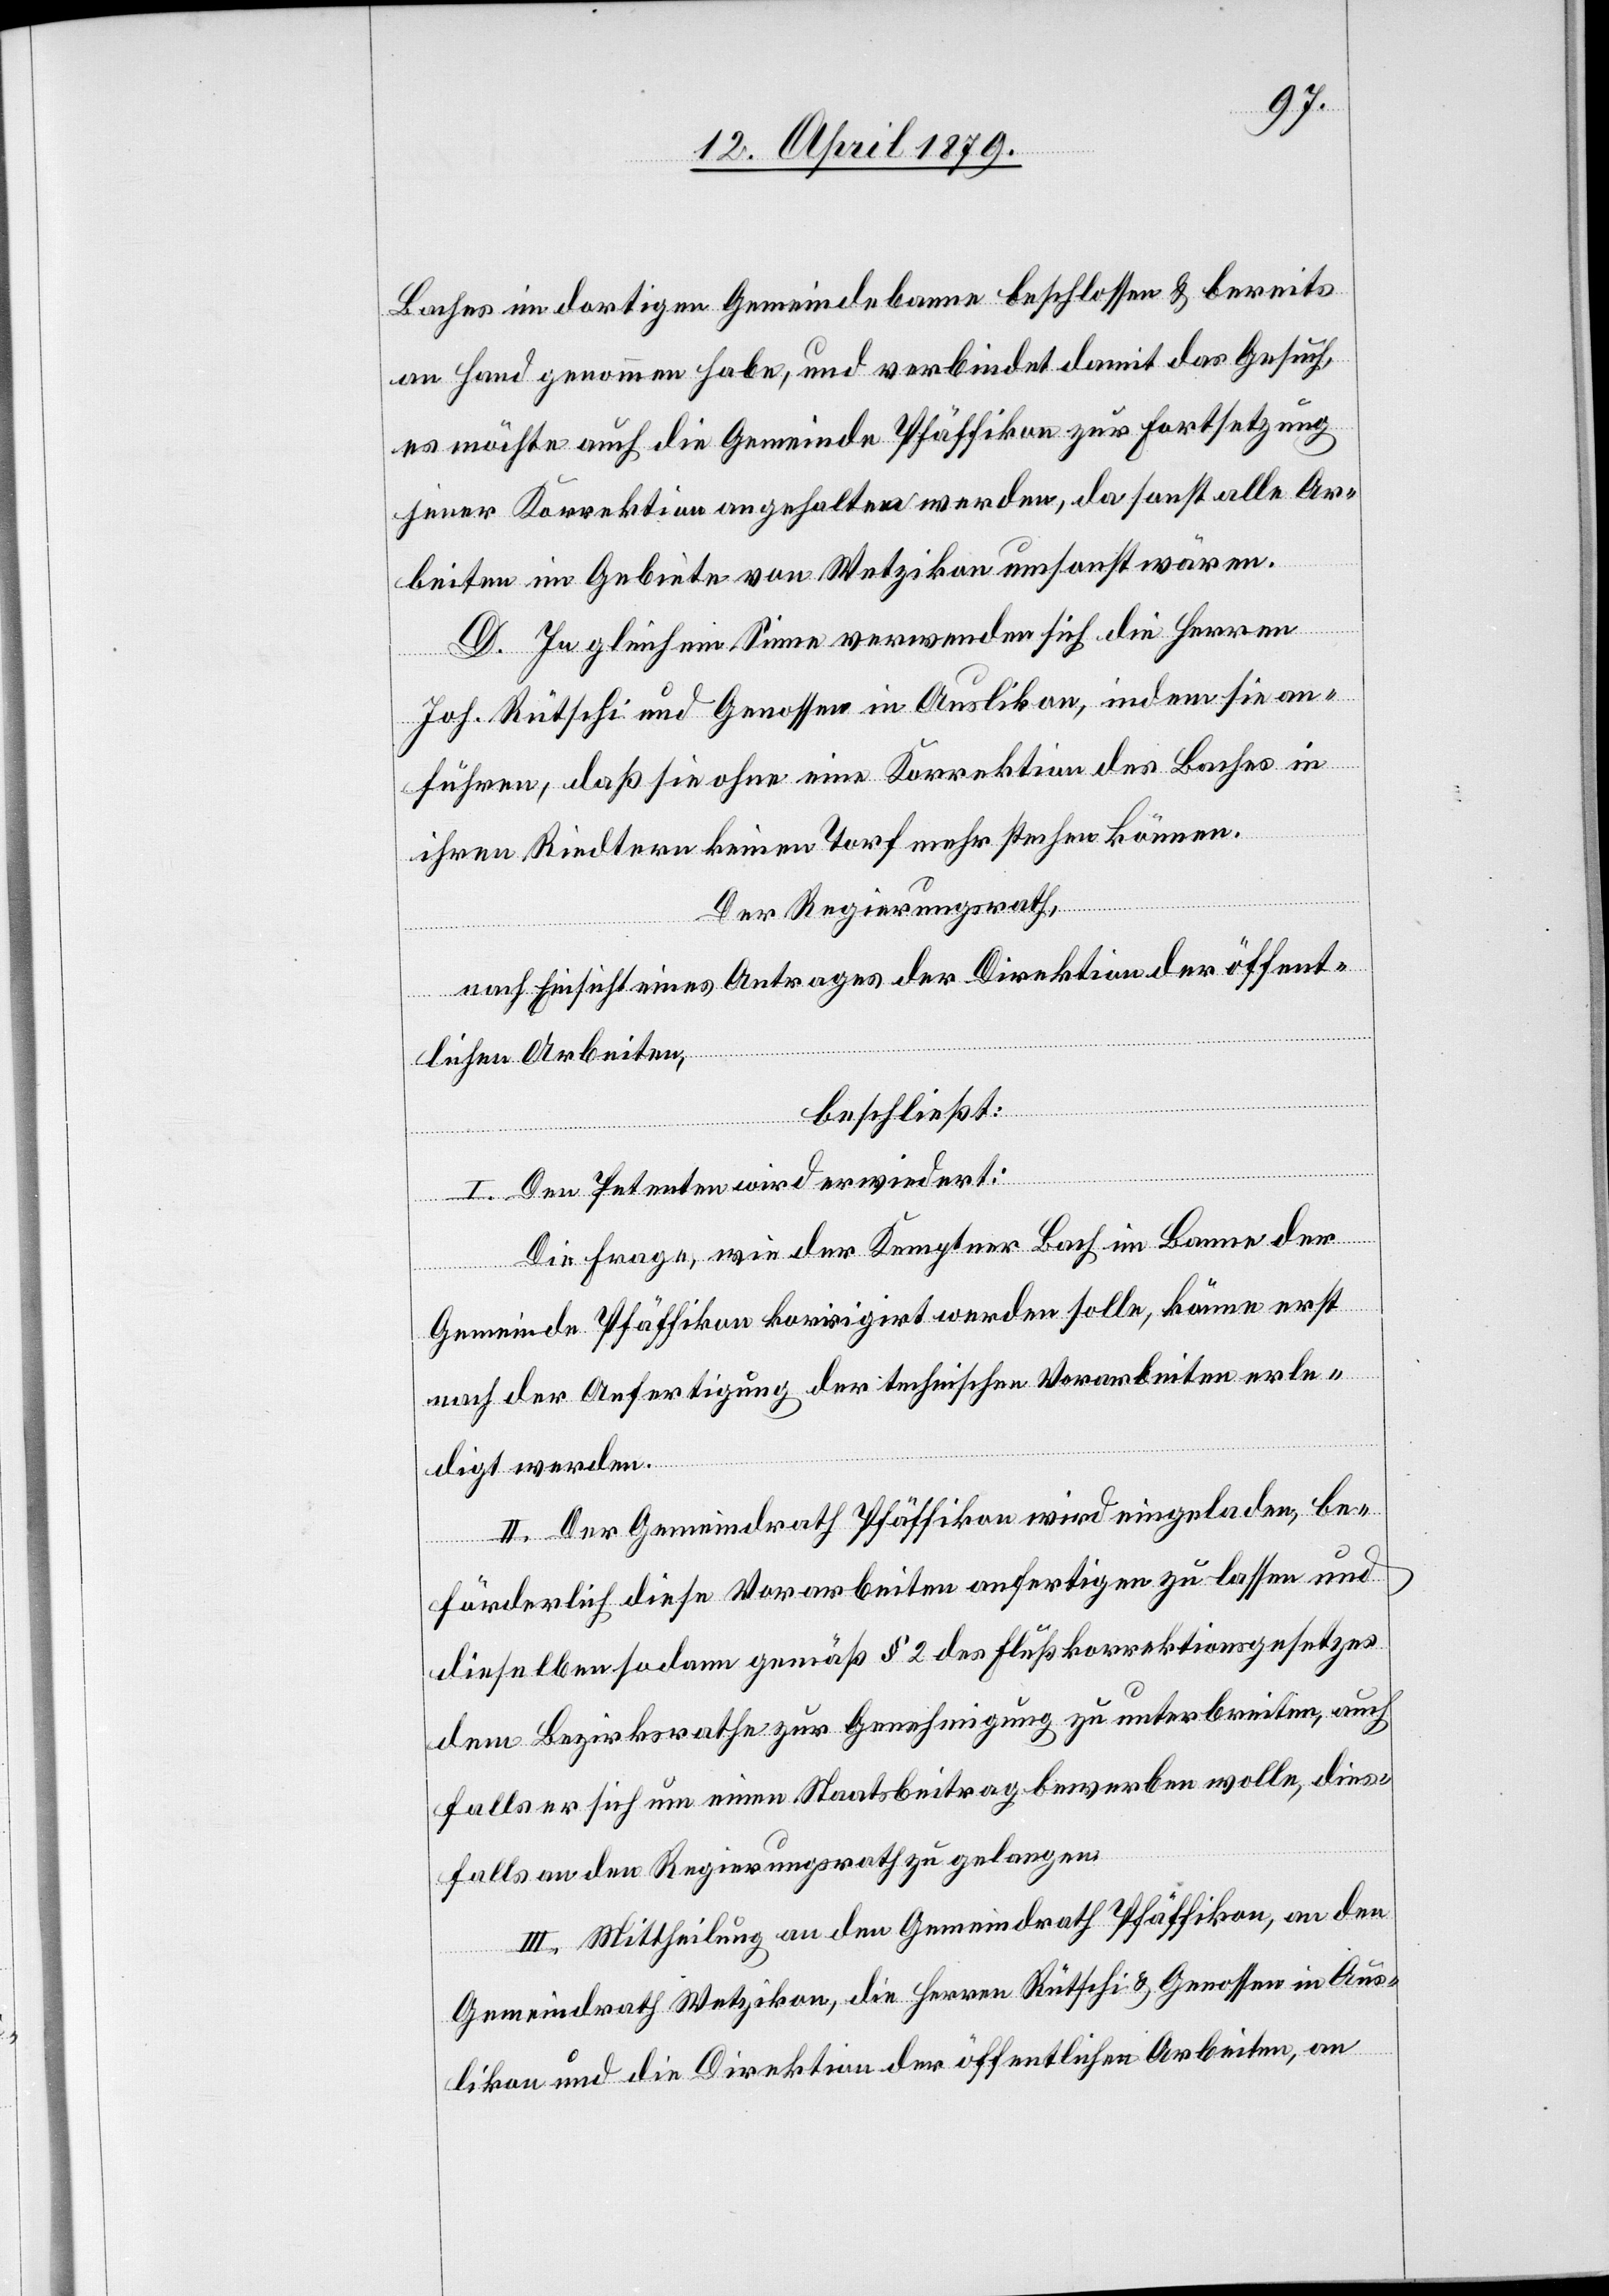
Baches im dortigen Gemeindebanne beschlossen & bereits
an Hand genommen habe, und verbindet damit das Gesuch,
es möchte auch die Gemeinde Pfäffikon zur Fortsetzung
jener Korrektion angehalten werden, da sonst alle Ar¬
beiten im Gebiete von Wetzikon umsonst wären.
D. In gleichem Sinne verwenden sich die Herren
Joh. Rütschi und Genossen in Auslikon, indem sie an¬
führen, daß sie ohne eine Korrektion des Baches in
ihren Riedtern keinen Torf mehr stechen können.
Der Regierungsrath,
nach Einsicht eines Antrages der Direktion der öffent¬
lichen Arbeiten,
beschließt:
I. Den Petenten wird erwiedert:
Die Frage, wie der Kemptner Bach im Banne der
Gemeinde Pfäffikon korrigirt werden solle, könne erst
nach der Anfertigung der technischen Vorarbeiten erle¬
digt werden.
II. Der Gemeindrath Pfäffikon wird eingeladen, be¬
förderlich diese Vorarbeiten anfertigen zu lassen und
dieselben sodann gemäß § 2 des Flußkorrektionsgesetzes
dem Bezirksrathe zur Genehmigung zu unterbreiten, auch
falls er sich um einen Staatsbeitrag bewerben wolle, dies¬
falls an den Regierungsrath zu gelangen.
III. Mittheilung an den Gemeindrath Pfäffikon, an den
Gemeindrath Wetzikon, die Herren Rütschi & Genossen in Aus¬
likon und die Direktion der öffentlichen Arbeiten, an